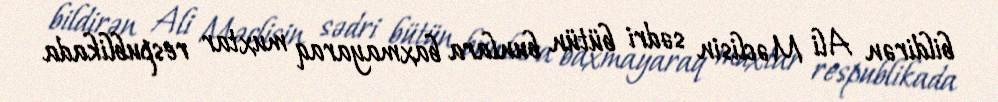
bildirən Ali Məclisin sədri bütün bunlara baxmayaraq muxtar respublikada